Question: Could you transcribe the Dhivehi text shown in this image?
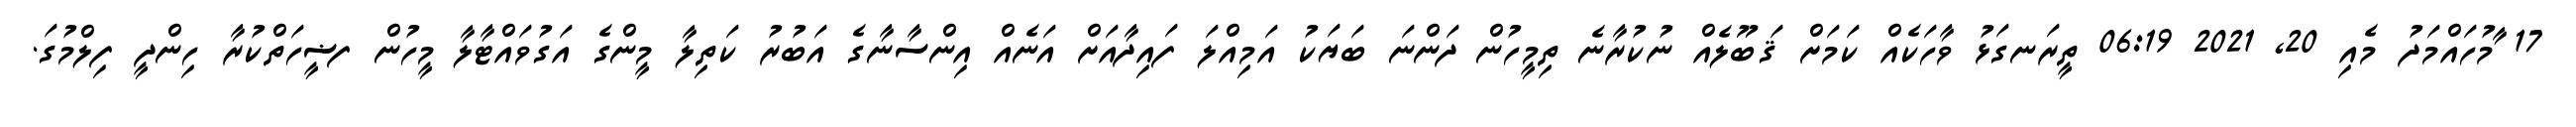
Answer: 17 ާމުހައްމަދު މެއި 20, 2021 06:19 ތީރަނގަޅު ވާހަކެއް ކަމަށް ޤަބޫލެއް ނުކުރާނެ ތިމީހުން ދަންނަ ބަޔަކު އަމިއްލަ ފައިދާއަށް އަނެއް އިންސާނާގެ އަބުރު ކަތިލާ މީންގެ އަގުވައްޓާލާ މީހުން ފޟީހަތްކުރާ ހިންދީ ފިލްމުގަ.